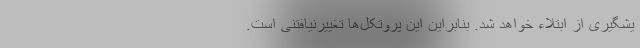
یشگیری از ابتلاء خواهد شد. بنابراین این پروتکل‌ها تغییرنیافتنی است.